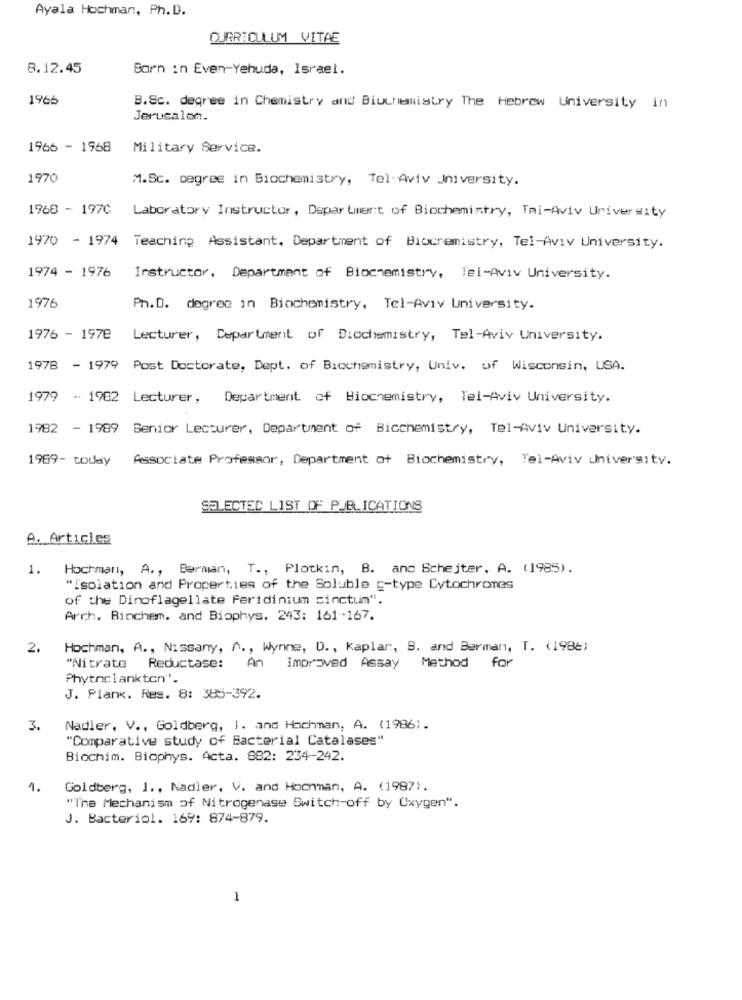
Ayala Hochman, Ph.D.
CURRICULUM VITAE
8.12.45
Born in Even-Yehuda, Israel.
1965
B.Sc. degree in Chemistry and Biochemistry The Hebrew University in
Jerusalem.
1966 - 1968
Military Service.
1970
M.Sc. Degree in Biochemistry, Tel Aviv University.
1968 - 197C
Laboratory Instructor, Department of Biochemistry, Tai-Aviv University
1970 - 1974 Teaching Assistant, Department of Biocremistry, Tel-Aviv University.
1974 - 1976
Instructor, Department of Biochemistry, Tel-Aviv University.
1976
Ph.D. degree in Biochemistry, Tel-Aviv University.
1976 - 1978 Lecturer, Department of Biochemistry, Tel-Aviv University.
1978 - 1979 Post Doctorate, Dept. of Biochemistry, Univ. of Wisconsin, USA.
1979 - 1982 Lecturer, Department of Biochemistry, Tel-Aviv University.
1982 - 1989 Senior Lecturer, Department of Bicchemistry, Tel-Aviv University.
1969- today
Associate Professor, Department of Biochemistry, Tel-Aviv University.
SELECTED LIST OF PUBLICATIONS
A. Articles
1.
Hochman, A ., Berman, T ., Plotkin, B. and Schejter. A. (1985).
"Isolation and Properties of the Soluble g-type Cytochromes
of the Dinoflagellate feridinium sinctum".
Arch. Biochem. and Biophys. 243: 161-167.
2.
Hochman, A ., Nissany, A ., Wynne, D ., Kaplar, B. and Barman, T. (1986)
"Nitrate Reductase: An improved Assay Method for
Phytnclankton"'.
J. Plank. Res. 8: 385-392.
3.
Nadler, V ., Goldberg, I. and Hochman, A. (1986).
"Comparative study of Bacterial Catalases"
Biochim. Biophys. Acta. 882: 234-242.
4.
Goldberg, J ., Nadler. V. and Hochman, A. (1987).
"The Mechanism of Nitrogenase Switch-off by Oxygen".
J. Bacteriol. 169: 874-879.
1